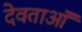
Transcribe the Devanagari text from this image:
देवताऑं